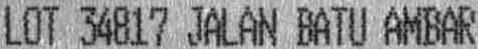
LOT 34817 JALAN BATU AMBAR